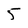
Character: 5